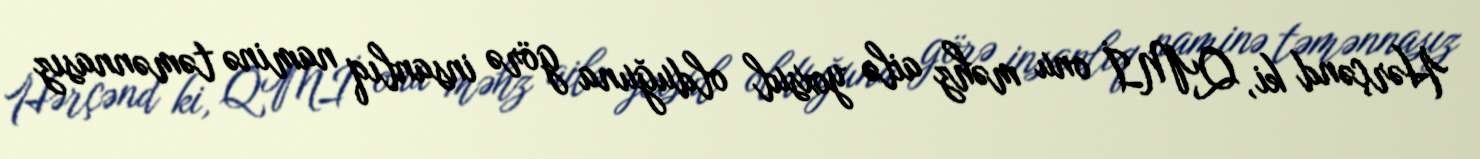
Hərçənd ki, QMİ onu məhz ailə yoxsul olduğuna görə insanlıq naminə təmənnasız